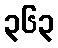
၃၆၃